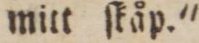
mitt ſkåp.'